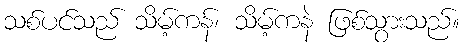
သစ်ပင်သည် သိမ့်ကန်၊ သိမ့်ကနဲ ဖြစ်သွားသည်။